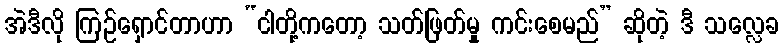
အဲဒီလို ကြဉ်ရှောင်တာဟာ “ငါတို့ကတော့ သတ်ဖြတ်မှု ကင်းစေမည်” ဆိုတဲ့ ဒီ သလ္လေခ